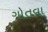
ગોતવા